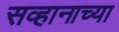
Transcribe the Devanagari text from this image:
सव्हानाच्या